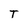
Character: T